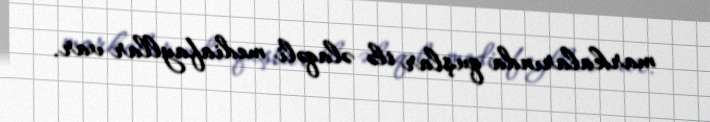
markalarında quşlar ilə əlaqəli mediafayllar var.